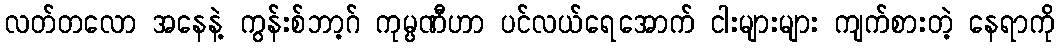
လတ်တလော အနေနဲ့ ကွန်းစ်ဘာ့ဂ် ကုမ္ပဏီဟာ ပင်လယ်ရေအောက် ငါးများများ ကျက်စားတဲ့ နေရာကို